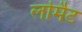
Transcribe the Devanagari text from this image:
लर्मिट